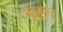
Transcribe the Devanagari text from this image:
शुकून